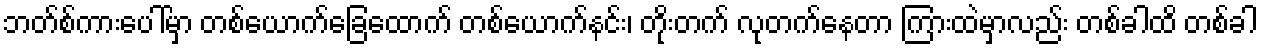
ဘတ်စ်ကားပေါ်မှာ တစ်ယောက်ခြေထောက် တစ်ယောက်နင်း၊ တိုးတက် လုတက်နေတာ ကြားထဲမှာလည်း တစ်ခါထိ တစ်ခါ